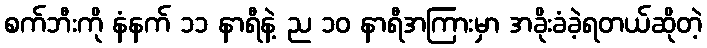
စက်ဘီးကို နံနက် ၁၁ နာရီနဲ့ ည ၁၀ နာရီအကြားမှာ အခိုးခံခဲ့ရတယ်ဆိုတဲ့